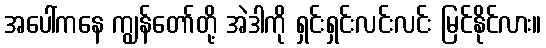
အပေါ်ကနေ ကျွန်တော်တို့ အဲဒါကို ရှင်းရှင်းလင်းလင်း မြင်နိုင်လား။